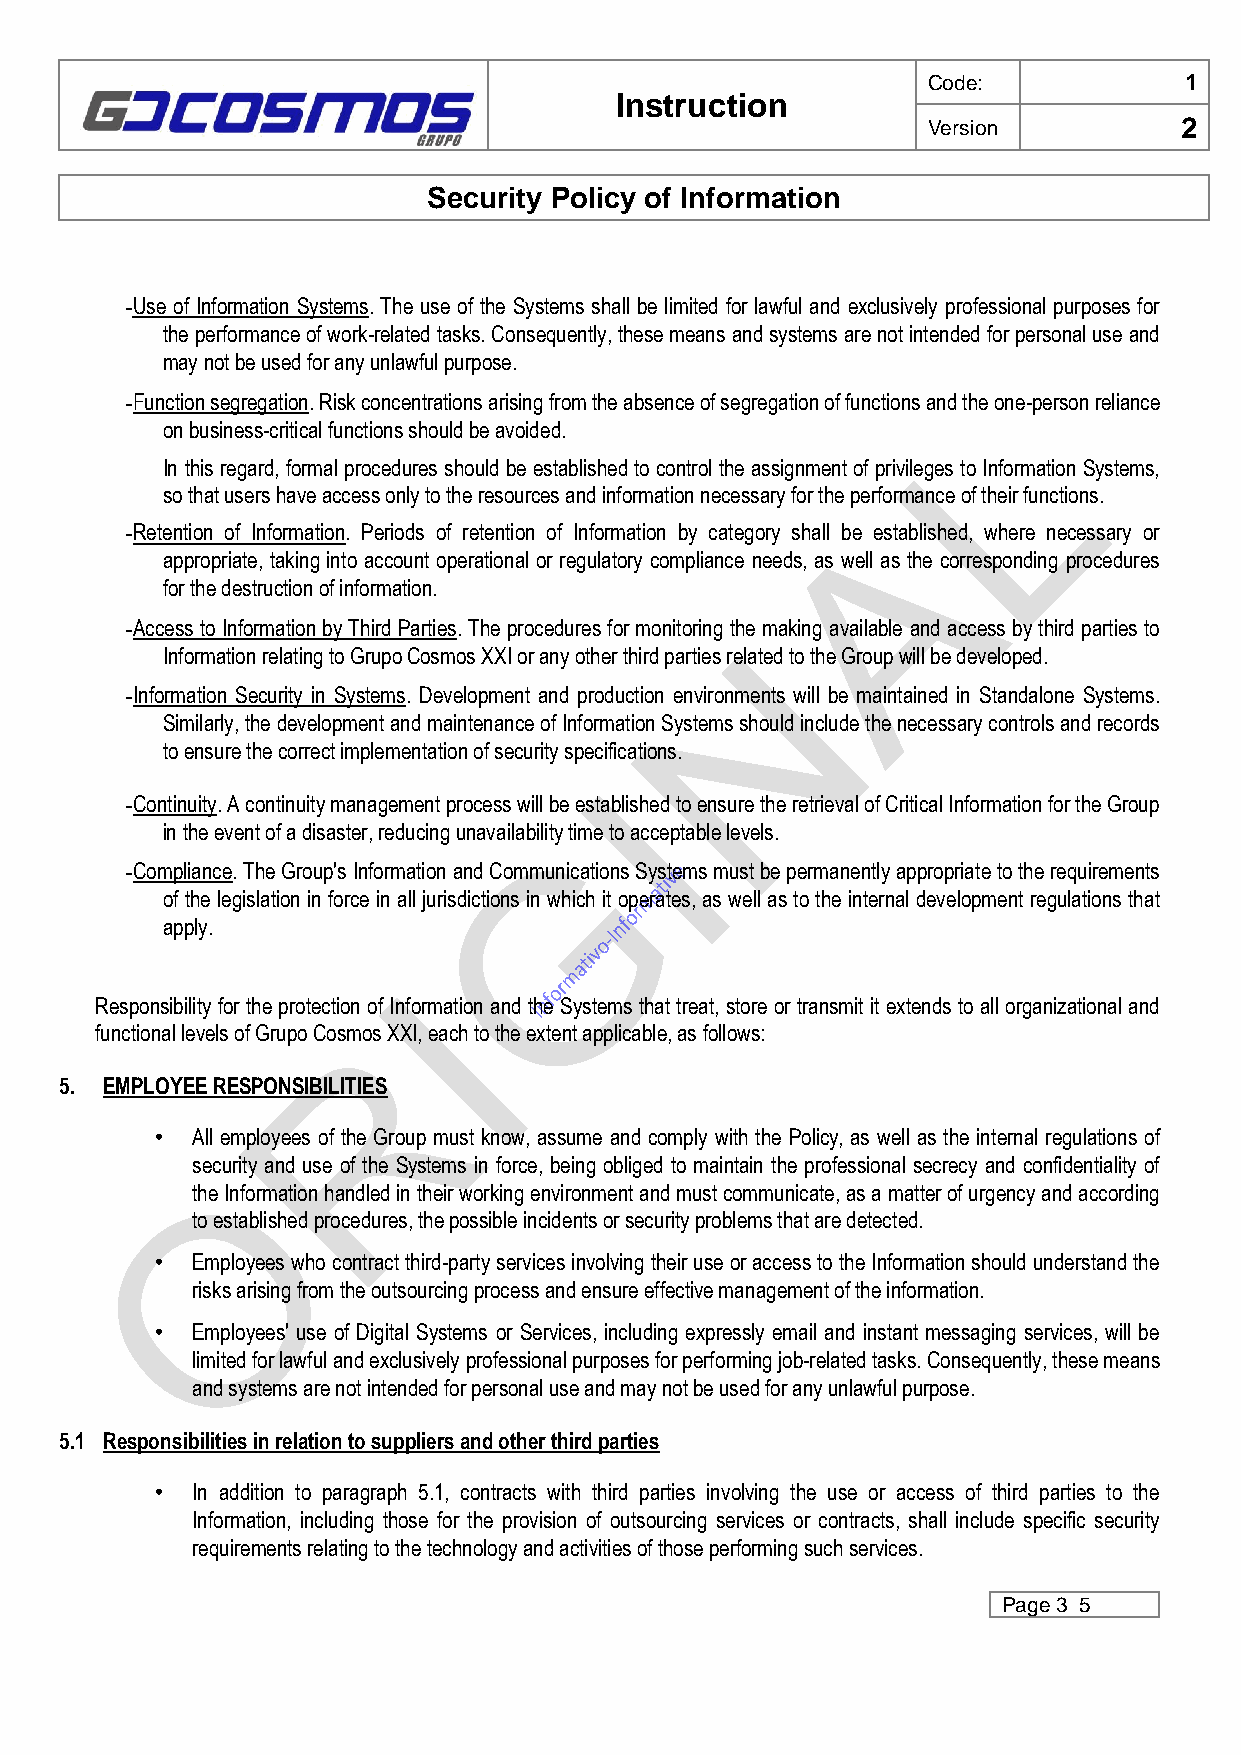
Code:            1
 Instruction
 Version          2
 Security Policy of Information
 -Use of Information Systems. The use of the Systems shall be limited for lawful and exclusively professional purposes for
 the performance of work-related tasks. Consequently, these means and systems are not intended for personal use and
 may not be used for any unlawful purpose.
 -Function segregation. Risk concentrations arising from the absence of segregation of functions and the one-person reliance
 on business-critical functions should be avoided.
 In this regard, formal procedures should be established to control the assignment of privileges to Information Systems,
 so that users have access only to the resources and information necessary for the performance of their functions.
 -Retention of Information. Periods of retention of Information by category shall be established, where necessary or
 appropriate, taking into account operational or regulatory compliance needs, as well as the corresponding procedures
 for the destruction of information.
 -Access to Information by Third Parties. The procedures for monitoring the making available and access by third parties to
 Information relating to Grupo Cosmos XXI or any other third parties related to the Group will be developed.
 -Information Security in Systems. Development and production environments will be maintained in Standalone Systems.
 Similarly, the development and maintenance of Information Systems should include the necessary controls and records
 to ensure the correct implementation of security specifications.
 -Continuity. A continuity management process will be established to ensure the retrieval of Critical Information for the Group
 in the event of a disaster, reducing unavailability time to acceptable levels.
 -Compliance. The Group's Information and Communications Systems must be permanently appropriate to the requirements
 of the legislation in force in all jurisdictions in which it operates, as well as to the internal development regulations that
 apply.
 Responsibility for the protection of Information and the Systems that treat, store or transmit it extends to all organizational and
 functional levels of Grupo Cosmos XXI, each to the extent applicable, as follows:
 5. EMPLOYEE RESPONSIBILITIES
 •  All employees of the Group must know, assume and comply with the Policy, as well as the internal regulations of
 security and use of the Systems in force, being obliged to maintain the professional secrecy and confidentiality of
 the Information handled in their working environment and must communicate, as a matter of urgency and according
 to established procedures, the possible incidents or security problems that are detected.
 •  Employees who contract third-party services involving their use or access to the Information should understand the
 risks arising from the outsourcing process and ensure effective management of the information.
 •  Employees' use of Digital Systems or Services, including expressly email and instant messaging services, will be
 limited for lawful and exclusively professional purposes for performing job-related tasks. Consequently, these means
 and systems are not intended for personal use and may not be used for any unlawful purpose.
 5.1 Responsibilities in relation to suppliers and other third parties
 •  In addition to paragraph 5.1, contracts with third parties involving the use or access of third parties to the
 Information, including those for the provision of outsourcing services or contracts, shall include specific security
 requirements relating to the technology and activities of those performing such services.
 Page 3 5